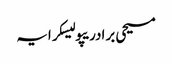
مسیحی برادریپولیسکرایہ